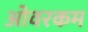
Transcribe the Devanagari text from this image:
ओवरकम